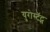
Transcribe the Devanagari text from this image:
युरोस्टॅट्स